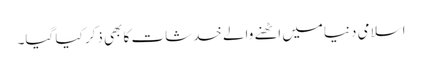
اسلامی دنیامیں اٹھنے والے خدشات کا بھی ذکر کیا گیا۔